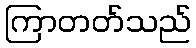
ကြာတတ်သည်